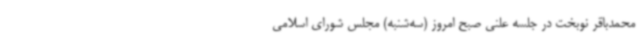
محمدباقر نوبخت در جلسه علنی صبح امروز (سه‌شنبه) مجلس شورای اسلامی